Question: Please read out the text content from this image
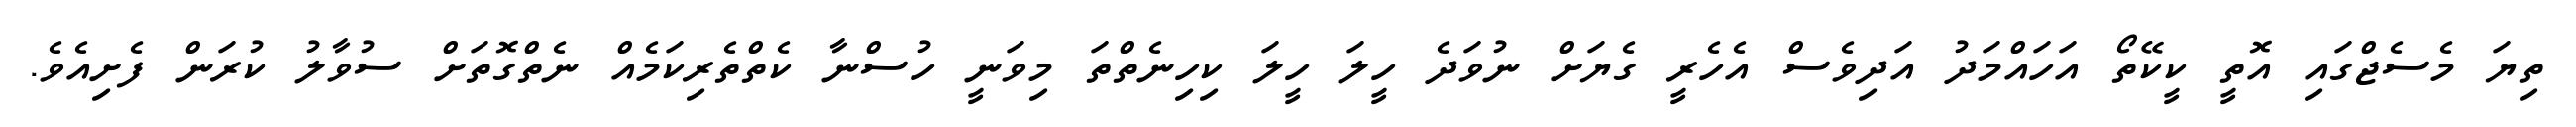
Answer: ތިޔަ މެސެޖްގައި އޮތީ ކީކޭތޯ އަހައްމަދު އަދިވެސް އެހެރީ ގެޔަށް ނުވަދެ ހީލަ ހީލަ ކިހިނެތްތަ މިވަނީ ހުސްނާ ކެތްތެރިކަމެއް ނެތްގޮތަށް ސުވާލު ކުރަން ފެށިއެވެ.